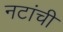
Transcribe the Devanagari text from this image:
नटांची